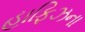
હાફિઝના